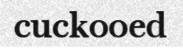
cuckooed